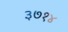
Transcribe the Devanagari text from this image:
३७१४